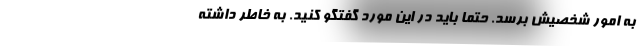
به امور شخصیش برسد. حتماً باید در این مورد گفتگو کنید. به خاطر داشته